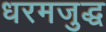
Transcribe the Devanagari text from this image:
धरमजुद्ध